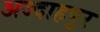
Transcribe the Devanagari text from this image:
अज्दाहपुर